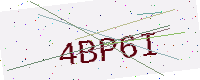
Text: 4BP6I